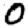
Digit: 0